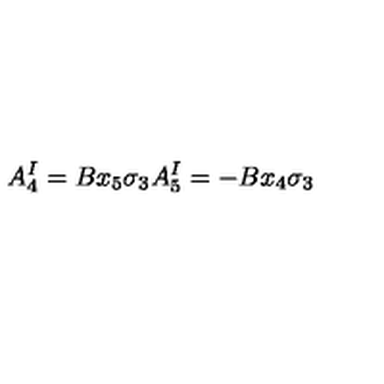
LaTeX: A _ { 4 } ^ { I } = B x _ { 5 } \sigma _ { 3 } A _ { 5 } ^ { I } = - B x _ { 4 } \sigma _ { 3 }